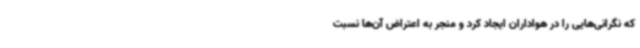
که نگرانی‌هایی را در هواداران ایجاد کرد و منجر به اعتراض آن‌ها نسبت